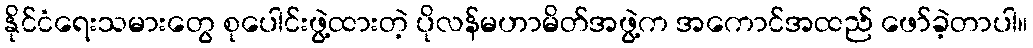
နိုင်ငံရေးသမားတွေ စုပေါင်းဖွဲ့ထားတဲ့ ပိုလန်မဟာမိတ်အဖွဲ့က အကောင်အထည် ဖော်ခဲ့တာပါ။